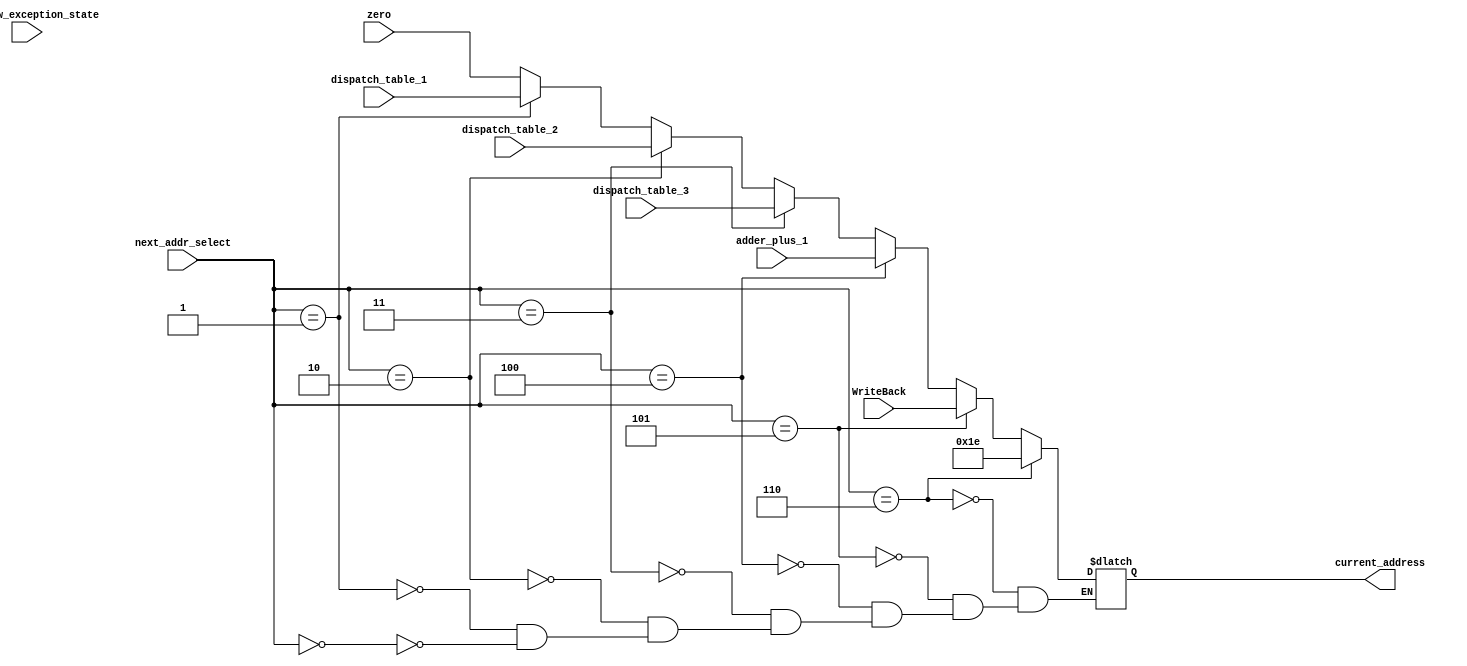
module MUX_6X1(input [4:0] zero,
               input [4:0] dispatch_table_1,
               input [4:0] dispatch_table_2,
			   input [4:0] dispatch_table_3,
			   input [4:0] adder_plus_1,
			   input [2:0] next_addr_select,
			   input [4:0] WriteBack,
			   input [4:0] Overflow_exception_state,
			   output reg[4:0] current_address
			   );
always@(*)
begin
	if(next_addr_select == 3'b000)
      begin
	       current_address = zero;
      end
	if(next_addr_select == 3'b001)
      begin
	      current_address = dispatch_table_1;
      end	 
    if(next_addr_select == 3'b010)
      begin
	      current_address = dispatch_table_2;
      end	
    if(next_addr_select == 3'b011)
      begin
	      current_address = dispatch_table_3;
      end
    if(next_addr_select == 3'b100)
      begin
	     current_address = adder_plus_1;
      end	
    if(next_addr_select == 3'b101)
      begin
	      current_address = WriteBack;
      end	
	if(next_addr_select == 3'b110)
      begin
	      current_address = 5'd30;
      end	
end	  
endmodule